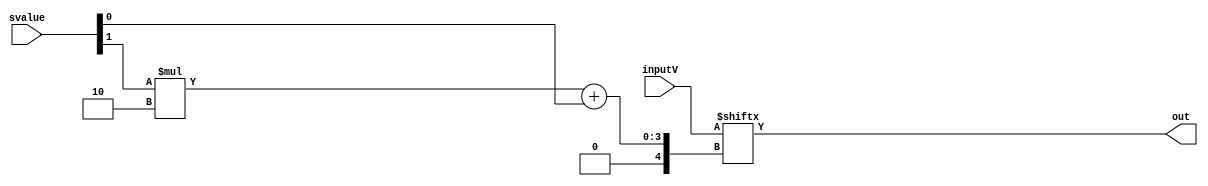
module mux41 (inputV, svalue, out);

	input [3:0] inputV;
	input [1:0] svalue;
  
	output out;

	assign out = inputV[svalue[1] * 2 + svalue[0]];
  
endmodule